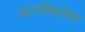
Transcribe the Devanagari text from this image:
चटणीबरोबर